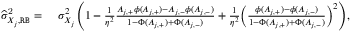
\begin{array} { r l } { \widehat { \sigma } _ { X _ { j } , \mathtt { R B } } ^ { \mathrm { 2 } } = } & { \ \sigma _ { X _ { j } } ^ { 2 } \Bigg ( 1 - \frac { 1 } { \eta ^ { 2 } } \frac { A _ { j , + } \phi ( A _ { j , + } ) - A _ { j , - } \phi ( A _ { j , - } ) } { 1 - \Phi ( A _ { j , + } ) + \Phi ( A _ { j , - } ) } + \frac { 1 } { \eta ^ { 2 } } \Big ( \frac { \phi ( A _ { j , + } ) - \phi ( A _ { j , - } ) } { 1 - \Phi ( A _ { j , + } ) + \Phi ( A _ { j , - } ) } \Big ) ^ { 2 } \Bigg ) , } \end{array}